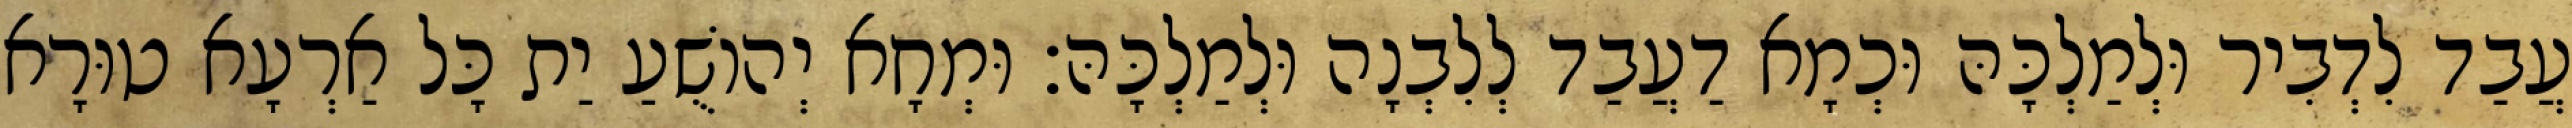
עֲבַד לִדְבִיר וּלְמַלְכָּהּ וּכְמָא דַעֲבַד לְלִבְנָה וּלְמַלְכָּהּ׃ וּמְחָא יְהוֹשֻׁעַ יַת כָּל אַרְעָא טוּרָא